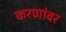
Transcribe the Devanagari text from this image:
करणांवर